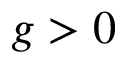
g > 0